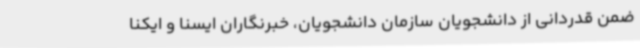
ضمن قدردانی از دانشجویان سازمان دانشجویان، خبرنگاران ایسنا و ایکنا